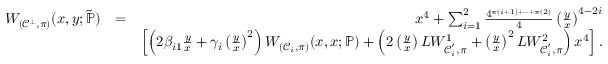
\begin{array} { r l r } { W _ { ( \mathcal { C } ^ { \bot } , \pi ) } ( x , y ; \widetilde { \mathbb { P } } ) } & { = } & { x ^ { 4 } + \sum _ { i = 1 } ^ { 2 } \frac { 4 ^ { \pi ( i + 1 ) + \cdots + \pi ( 2 ) } } { 4 } \left( \frac { y } { x } \right) ^ { 4 - 2 i } } \\ & { } & { \left[ \left( 2 \beta _ { i 1 } \frac { y } { x } + \gamma _ { i } \left( \frac { y } { x } \right) ^ { 2 } \right) W _ { ( \mathcal { C } _ { i } , \pi ) } ( x , x ; \mathbb { P } ) + \left( 2 \left( \frac { y } { x } \right) L W _ { \mathcal { C } _ { i } ^ { ' } , \pi } ^ { 1 } + \left( \frac { y } { x } \right) ^ { 2 } L W _ { \mathcal { C } _ { i } ^ { ' } , \pi } ^ { 2 } \right) x ^ { 4 } \right] . } \end{array}